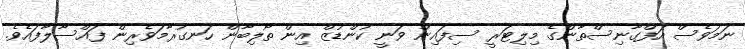
ނަމަވެސް އަފްގާނިސްތާންގެ މިލިޓަރީ ސިފައިން ވަނީ ކުންޑުޒް އިން ތޯލިބާން ހަނގުރާމަވެރިން ފައްސާލާފައެވެ.